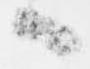
候